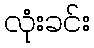
လုံးခင်း